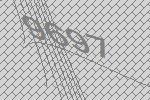
9697